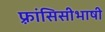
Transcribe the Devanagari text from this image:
फ़्रांसिसीभाषी